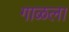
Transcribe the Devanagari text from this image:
गाळला